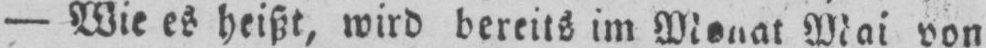
- Wie es heißt, wird bereits im Monat Mai von